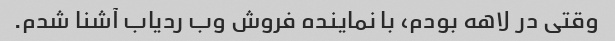
وقتی در لاهه بودم، با نماینده فروش وب ردیاب آشنا شدم.